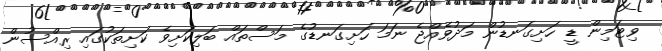
ވިޓަމިން ޑީ ހަށިގަނޑުން މަދުވެއްޖެ ނަމަ ހަށިގަނޑުގެ މަސްތައް ބަލިކަށިވެ ކަށިތަކުގައި ރިއްސުން